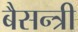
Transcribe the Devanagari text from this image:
बैसन्त्री